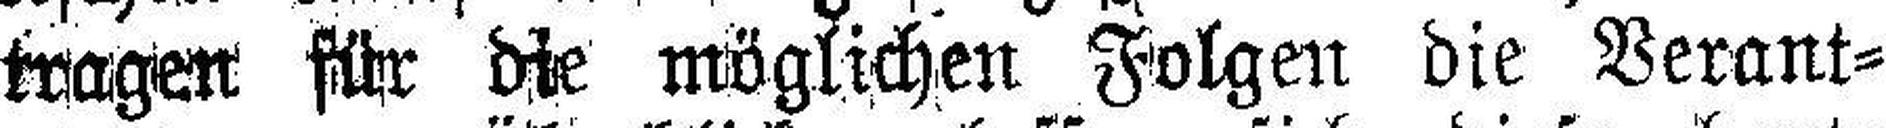
tragen für die möglichen Folgen die Verant¬